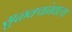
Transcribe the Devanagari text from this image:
सुळक्यांमधल्या